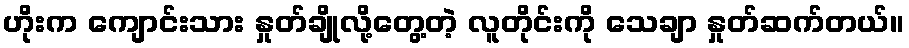
ဟိုးက ကျောင်းသား နှုတ်ချိုလို့တွေ့တဲ့ လူတိုင်းကို သေချာ နှုတ်ဆက်တယ်။